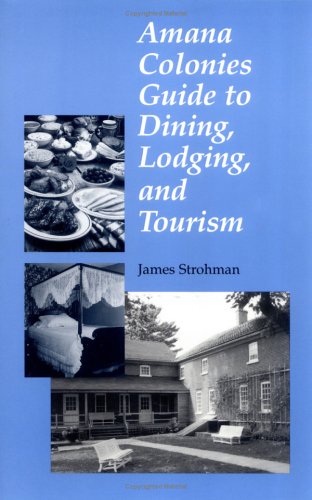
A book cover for Amana Colonies GD Din Lodg Tour-97; James Strohman; Travel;